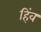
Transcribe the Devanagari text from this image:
हिंव